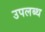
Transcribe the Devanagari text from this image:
उपलब्थ